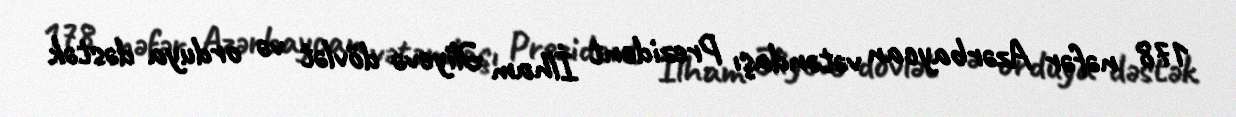
178 nəfər Azərbaycan vətəndaşı Prezident İlham Əliyevə dövlət və orduya dəstək